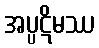
အပ္ပဋိမဿ